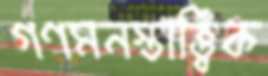
গণমনস্তাত্ত্বিক